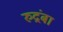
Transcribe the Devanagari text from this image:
रुद्रंबा